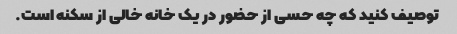
توصیف کنید که چه حسی از حضور در یک خانه خالی از سکنه است.